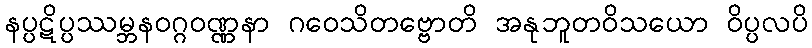
နပ္ပဋိပ္ပဿမ္ဘနဝဂ္ဂဝဏ္ဏနာ ဂဝေသိတဗ္ဗောတိ အနုဘူတဝိသယော ဝိပ္ပလပိ